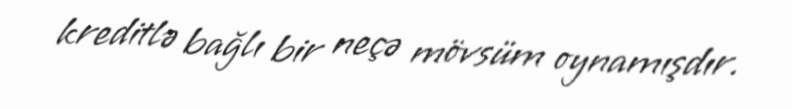
kreditlə bağlı bir neçə mövsüm oynamışdır.